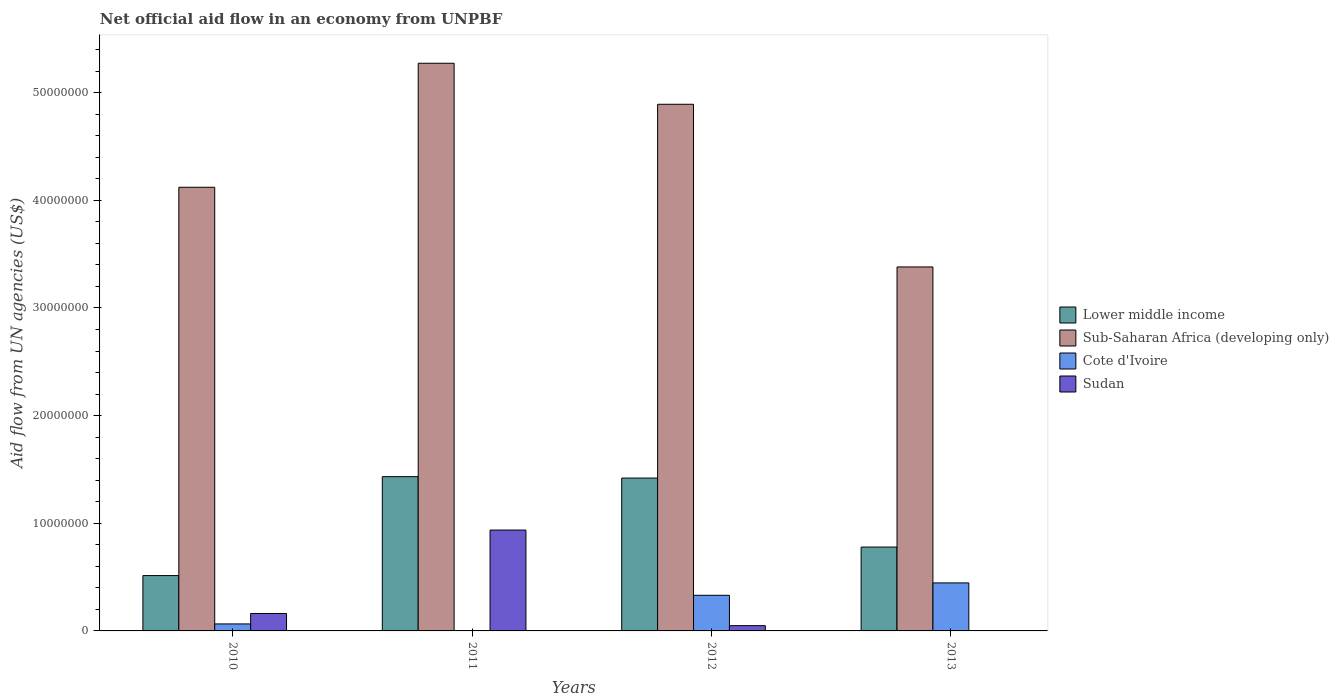
| Years | Lower middle income | Sub-Saharan Africa (developing only) | Cote d'Ivoire | Sudan |
 | --- | --- | --- | --- | --- |
 | 2010 | 5.14e+06 | 4.12e+07 | 6.5e+05 | 1.62e+06 |
 | 2011 | 1.43e+07 | 5.27e+07 | 3e+04 | 9.37e+06 |
 | 2012 | 1.42e+07 | 4.89e+07 | 3.31e+06 | 4.9e+05 |
 | 2013 | 7.79e+06 | 3.38e+07 | 4.46e+06 | -3.24e+06 |